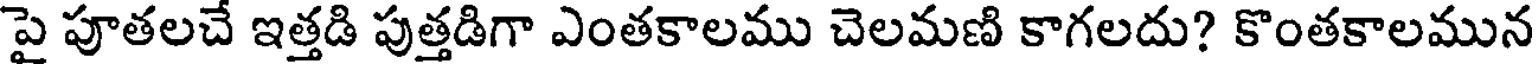
పై పూతలచే ఇత్తడి పుత్తడిగా ఎంతకాలము చెలమణి కాగలదు? కొంతకాలమున